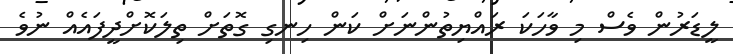
ލީޑަރުން ވެސް މި ވާހަކަ ރައްޔިތުންނަށް ކަން ހިނގި ގޮތަށް ތިލަކޮށްދީފައެއް ނުވެ